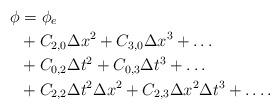
LaTeX: \begin{align*} \phi &= \phi_{e} \\ &+ C_{2,0}\Delta x^{2} + C_{3,0}\Delta x^{3} + \dots \\ &+ C_{0,2}\Delta t^{2} + C_{0,3}\Delta t^{3} + \dots \\ &+ C_{2,2}\Delta t^{2}\Delta x^{2} + C_{2,3}\Delta x^{2}\Delta t^{3} + \dots.\end{align*}